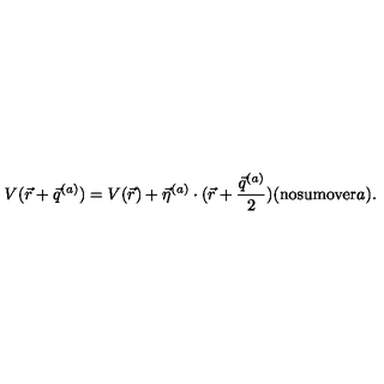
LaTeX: V ( \vec { r } + \vec { q } ^ { ( a ) } ) = V ( \vec { r } ) + \vec { \eta } ^ { ( a ) } \cdot ( \vec { r } + \frac { \vec { q } ^ { ( a ) } } { 2 } ) ( \mathrm { n o s u m o v e r \mit a ) . }